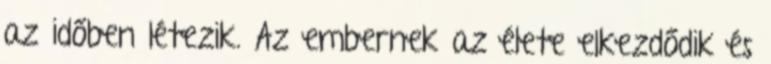
az időben létezik. Az embernek az élete elkezdődik és